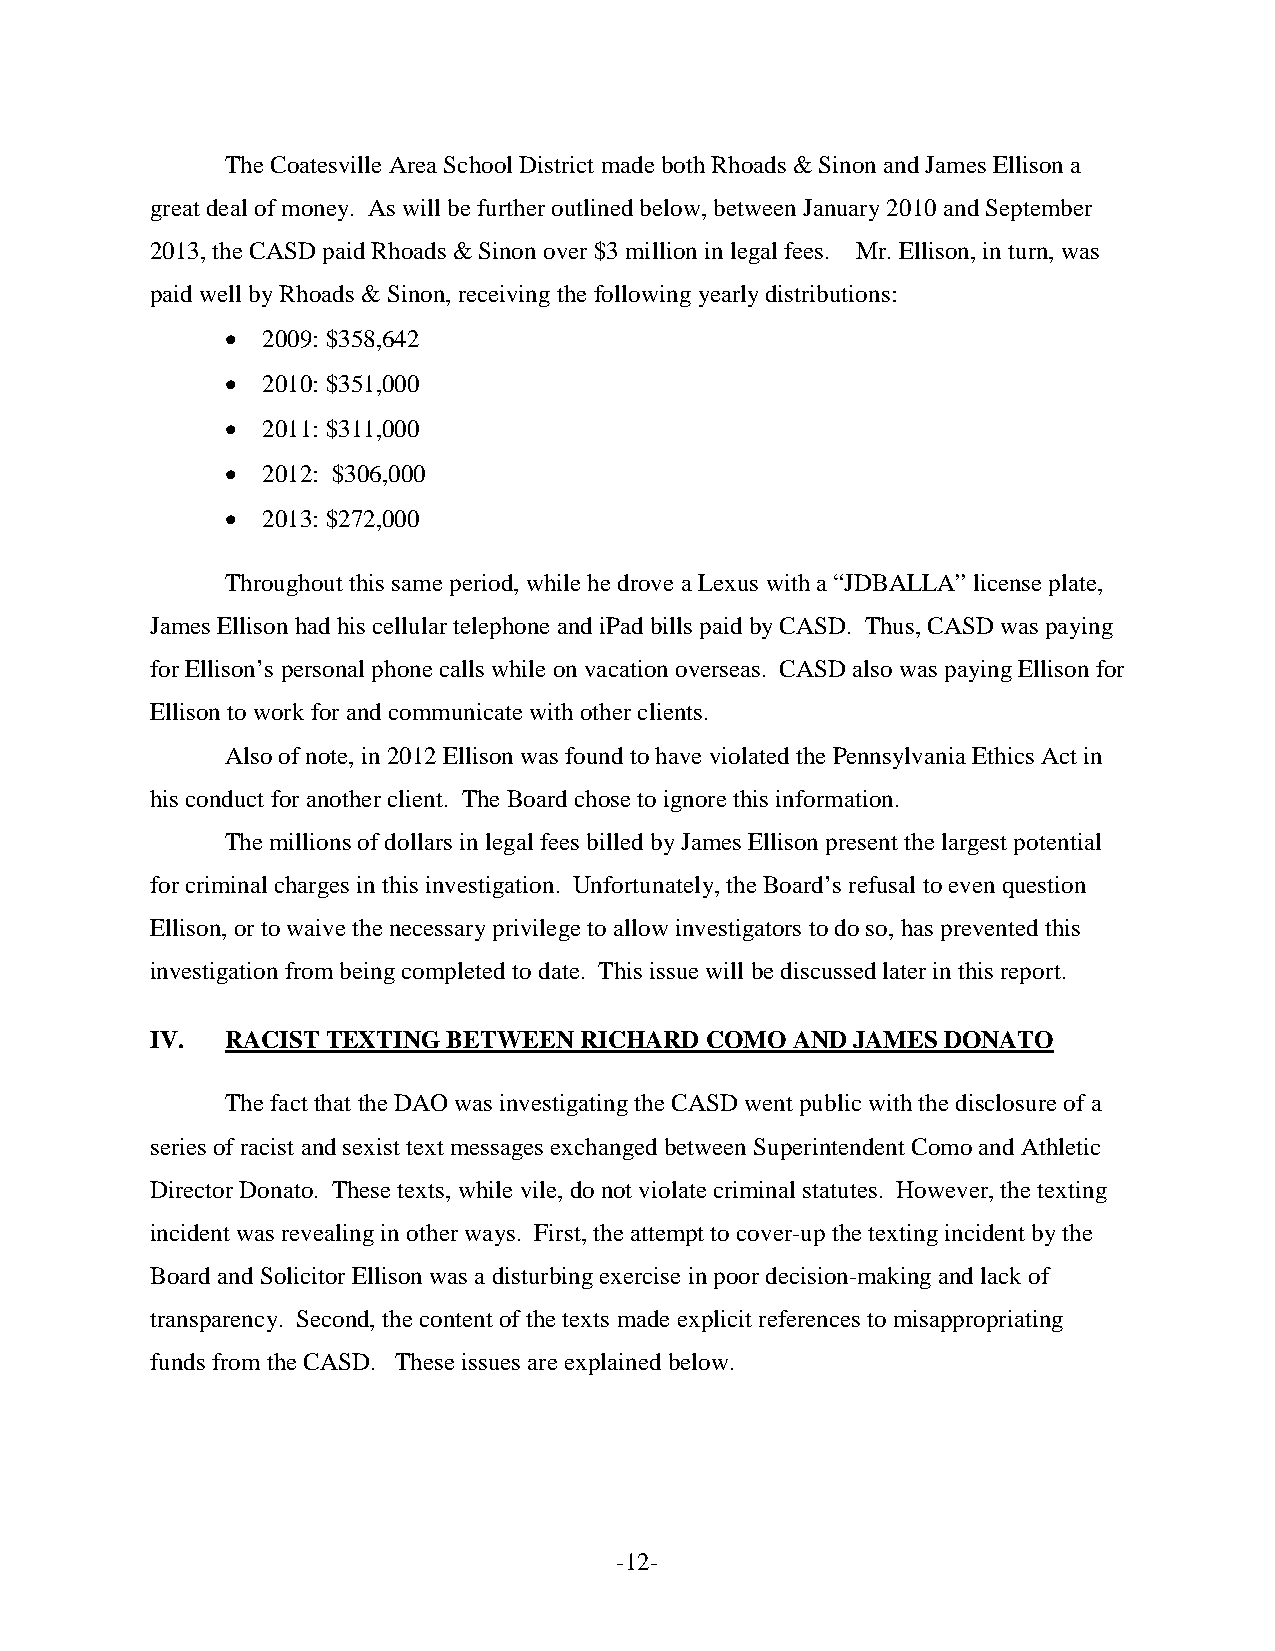
The Coatesville Area School District made both Rhoads & Sinon and James Ellison a
 great deal of money. As will be further outlined below, between January 2010 and September
 2013, the CASD paid Rhoads & Sinon over $3 million in legal fees. Mr. Ellison, in turn, was
 paid well by Rhoads & Sinon, receiving the following yearly distributions:
 • 2009: $358,642
 • 2010: $351,000
 • 2011: $311,000
 • 2012: $306,000
 • 2013: $272,000
 Throughout this same period, while he drove a Lexus with a “JDBALLA” license plate,
 James Ellison had his cellular telephone and iPad bills paid by CASD. Thus, CASD was paying
 for Ellison’s personal phone calls while on vacation overseas. CASD also was paying Ellison for
 Ellison to work for and communicate with other clients.
 Also of note, in 2012 Ellison was found to have violated the Pennsylvania Ethics Act in
 his conduct for another client. The Board chose to ignore this information.
 The millions of dollars in legal fees billed by James Ellison present the largest potential
 for criminal charges in this investigation. Unfortunately, the Board’s refusal to even question
 Ellison, or to waive the necessary privilege to allow investigators to do so, has prevented this
 investigation from being completed to date. This issue will be discussed later in this report.
 IV.  RACIST TEXTING BETWEEN RICHARD  COMO AND JAMES DONATO
 The fact that the DAO was investigating the CASD went public with the disclosure of a
 series of racist and sexist text messages exchanged between Superintendent Como and Athletic
 Director Donato. These texts, while vile, do not violate criminal statutes. However, the texting
 incident was revealing in other ways. First, the attempt to cover-up the texting incident by the
 Board and Solicitor Ellison was a disturbing exercise in poor decision-making and lack of
 transparency. Second, the content of the texts made explicit references to misappropriating
 funds from the CASD. These issues are explained below.
 -12-